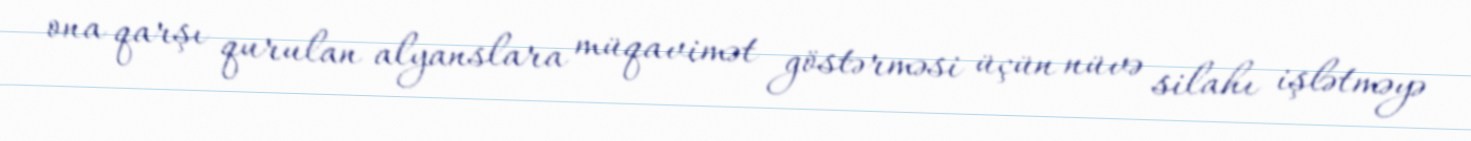
ona qarşı qurulan alyanslara müqavimət göstərməsi üçün nüvə silahı işlətməyə